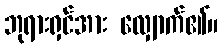
ဘုရားရှင်အား လျှောက်၏။